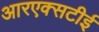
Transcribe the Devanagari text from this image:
आरएक्सटीई